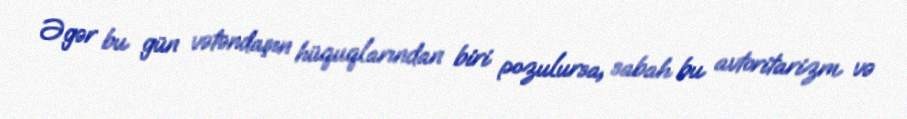
Əgər bu gün vətəndaşın hüquqlarından biri pozulursa, sabah bu avtoritarizm və